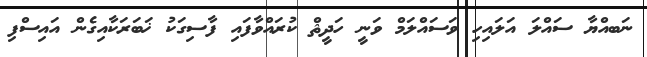
ނަބއްޔާ ސައްލަ އަލައިހި ވަސައްލަމް ވަނީ ހަދީޘް ކުރައްވާފައި ފާސިގަކު ޚަބަރަކާއިގެން އައިސްފި